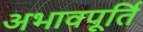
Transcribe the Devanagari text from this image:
अभावपूर्ति